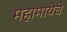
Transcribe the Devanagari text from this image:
महामायेचे